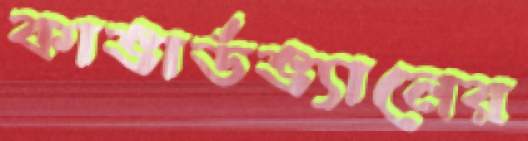
কাভার্ডভ্যানের